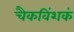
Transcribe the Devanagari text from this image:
चैकविंशकं